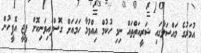
އުމަރުގެ މައްސަލާގައި ޝަރީއަތްތައް ނިމި ހުކުމް އިއްވުމާ ހަމައަށް ގޮސްފައިވަނިކޮށް ޕީޖީ އޮފީހުން